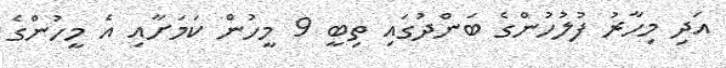
އަދި މިހާރު ފުލުހުންގެ ބަންދުގައި ތިބީ 9 މީހުން ކަމަށާއި އެ މީހުންގެ